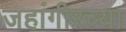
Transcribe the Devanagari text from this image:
जहांगीरच्या